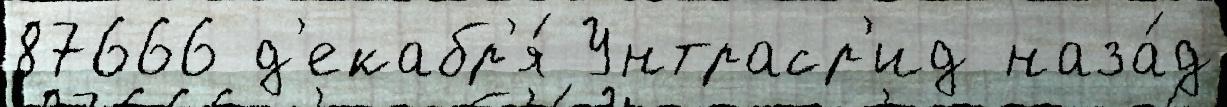
87666 д'екабр'я́ Унтраср'ид наза́д